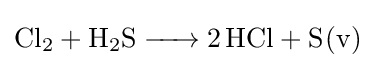
{\ce {Cl2 + H2S -> 2HCl + S(v)}}